Bombay plague: being a history of the progress of plague in the Bombay presidency from September 1896 to June 1899
Year: 1896
Disease focus: Plague
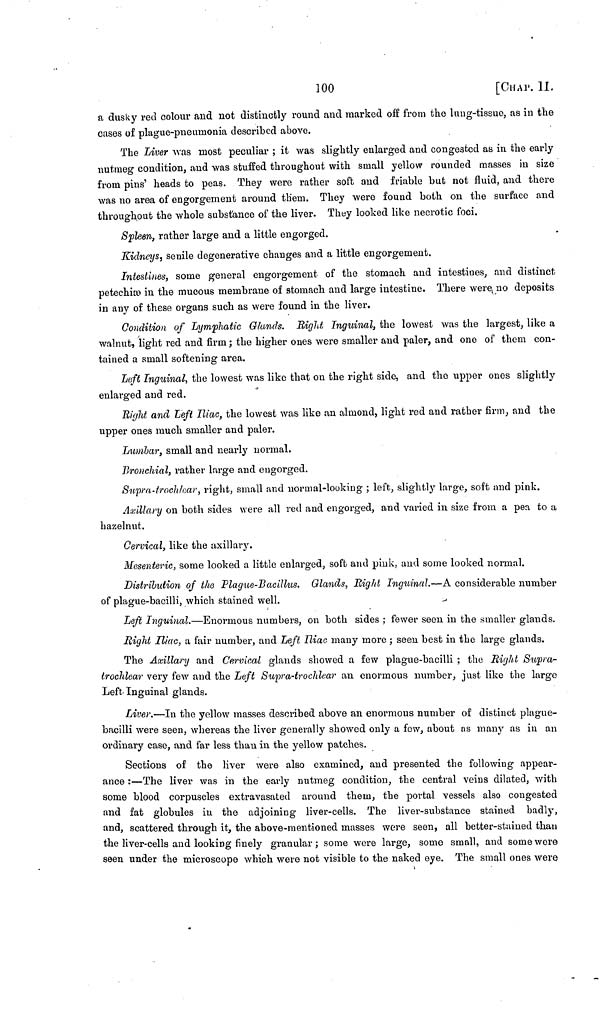
100
[CHAp. Π.
a dusky red colour and not distinctly round and marked off from the lung-tissue, as in the
cases of plague-pneumonia described above.
The Liver was most peculiar ; it was slightly enlarged and congested as in the early
nutmeg condition, and was stuffed throughout with small yellow rounded masses in size
from pins' heads to peas. They were rather soft and friable but not fluid, and there
was no area of engorgement around them. They were found both on the surface and
throughput the whole substance of the liver. They looked like necrotic foci.
Spleen, rather large and a little engorged.
Kidneys, senile degenerative changes and a little engorgement.
Intestines, some general engorgement of the stomach and intestines, and distinct
petechice in the mucous membrane of stomach and large intestine. There were no deposits
in any of these organs such as were found in the liver.
Condition of Lymphatic Glands. Rigid Inguinal, the lowest was the largest, like a
walnut, light red and firm ; the higher ones were smaller and paler, and one of them con-
tained a small softening area.
Left Inguinal, the lowest was like that on the right side, and the upper ones slightly
enlarged and red.
Right and Left Iliac, the lowest was like an almond, light red and rather firm, and the
upper ones much smaller and paler.
Lumbar, small and nearly normal.
Bronchial, rather large and engorged.
Supra-trochlear, right, small and normal-looking ; left, slightly large, soft and pink.
Axillary on both sides were all red and engorged, and varied in size from a pea to a
hazelnut.
Cervical, like the axillary.
Mesenteric, some looked a little enlarged, soft and pink, and some looked normal.
Distribution of the Plague-Bacillus. Glands, Right Inguinal.—A considerable number
of plague-bacilli, which stained well.
Left Inguinal.—Enormous numbers, on both sides ; fewer seen in the smaller glands.
Right Iliac, a fair number, and Left Iliac many more ; seen best in the large glands.
The Axillary and Cervical glands showed a few plague-bacilli ; the Right Supra-
trochlear very few and the Left Supra-trochlear an enormous number, just like the large
Left Inguinal glands.
Liver.—In the yellow masses described above an enormous number of distinct plague-
bacilli were seen, whereas the liver generally showed only a few, about as many as in an
ordinary case, and far less than in the yellow patches.
Sections of the liver were also examined, and presented the following appear-
ance :—The liver was in the early nutmeg condition, the central veins dilated, with
some blood corpuscles extravasated around them, the portal vessels also congested
and fat globules in the adjoining liver-cells. The liver-substance stained badly,
and, scattered through it, the above-mentioned masses were seen, all better-stained than
the liver-cells and looking finely granular ; some were large, some small, and some were
seen under the microscope which were not visible to the naked eye. The small ones were